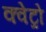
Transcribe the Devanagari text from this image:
क्वेट्रो